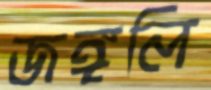
জঙ্গলি